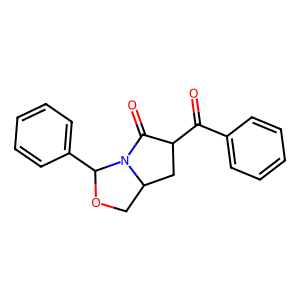
SMILES: O=C(c1ccccc1)C1CC2COC(c3ccccc3)N2C1=O
Inhibits HIV replication: No